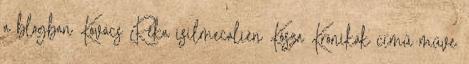
a blogban Kovács Réka isilmecalien Kósza Krónikák című műve